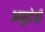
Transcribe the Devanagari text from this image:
अनुदेवी